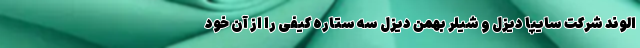
الوند شرکت سایپا دیزل و شیلر بهمن دیزل سه ستاره کیفی را از آن خود